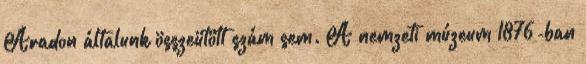
Aradon általunk összeütött szám sem. A nemzeti múzeum 1876-ban